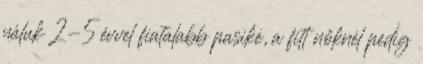
náluk 2-5 évvel fiatalabb pasiké, a fitt nőknél pedig